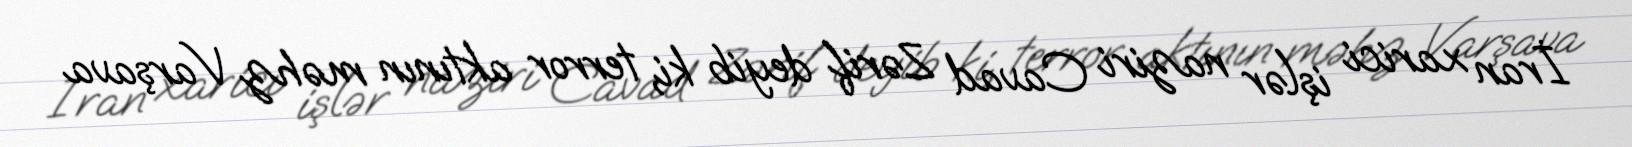
İran xarici işlər naziri Cavad Zərif deyib ki, terror aktının məhz Varşava